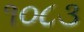
૧૦૮૩